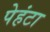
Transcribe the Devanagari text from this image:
पेहंटा